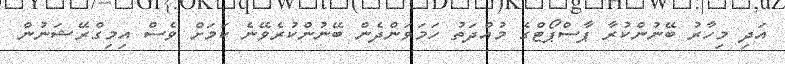
އަދި މިހާރު ބޭނުންކުރާ ޕާސްޕޯޓްގެ މުއްދަތު ހަމަވަންދެން ބޭނުންކުރެވޭނެ ކަމަށް ވެސް އިމިގްރޭޝަނުން